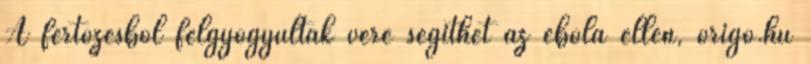
A fertőzésből felgyógyultak vére segíthet az ebola ellen, origo.hu